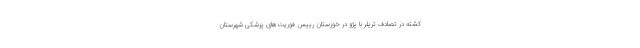
کشته در تصادف تریلر با پژو در خوزستان رییس فوریت‌های پزشکی شهرستان